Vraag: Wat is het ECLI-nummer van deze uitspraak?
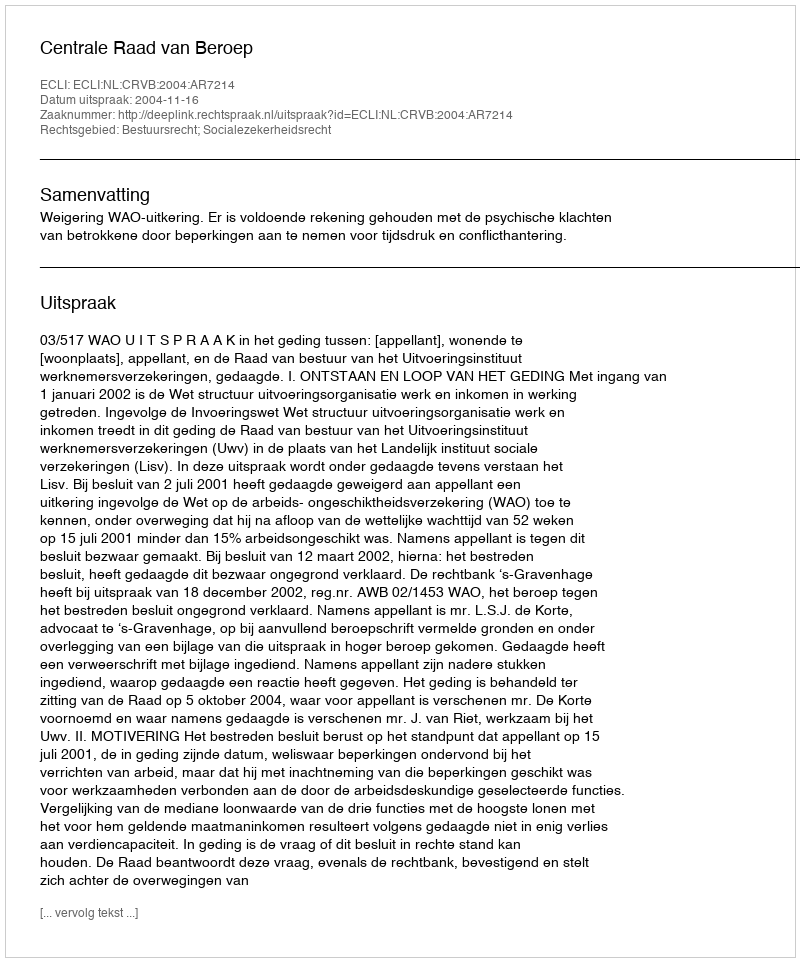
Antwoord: ECLI:NL:CRVB:2004:AR7214